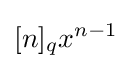
[n]_{q}x^{n-1}